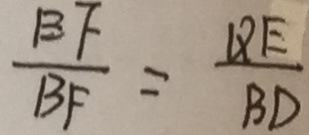
\frac { B F } { B F } = \frac { Q E } { B D }